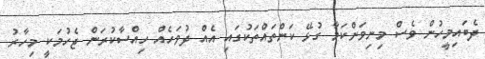
ދެބައިމީހުން ވެސް މިނިވަންކަމާ ގުޅޭ ކަންތައްތަކުގައި އެއް ދުވަހެއް ހިއްސާކުރަން ޖެހުމަކީ މިހާރު